Vaccination North-Western Provinces 1866-1877 - 1866-1877
Year: 1866
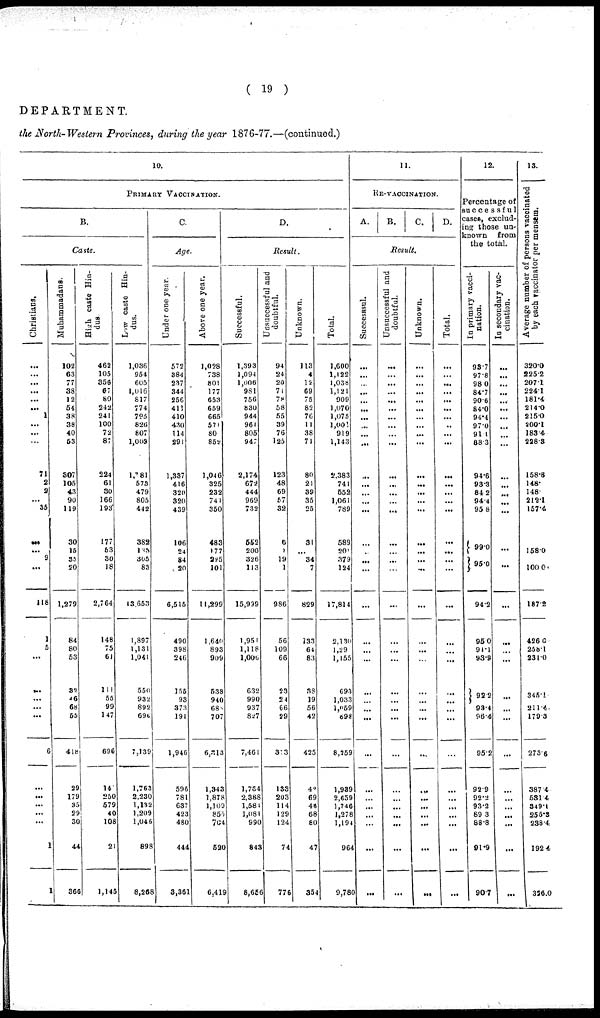
( 19 )
DEPARTMENT.
the North-Western Provinces, during the year 1876-77.—(continued.)
10.
PRIMARY VACCINATION.
B.
Caste.
Christians.
...
...
...
...
...
...
1
...
...
...
71
2
2
...
35
...
...
9
...
118
1
5
...
...
...
...
...
6
...
...
...
...
...
1
1
Muhammadans.
102
63
77
38
12
54
38
38
40
53
307
105
43
90
119
30
15
35
20
1,279
84
80
53
32
46
68
55
418
29
179
35
29
30
44
366
High caste Hin-
dus.
462
105
356
67
80
242
241
100
72
87
224
61
30
166
193
177
63
30
18
2,764
148
75
61
111
55
99
147
696
14
250
579
40
108
21
1,145
Low caste Hin-
dus.
1,036
954
605
1,016
817
774
795
826
807
1,003
l,781
573
479
805
442
382
188
305
83
13,653
1,897
1,131
1,041
550
932
892
696
7,139
1,763
2,230
1,132
1,209
1,046
898
8,268
C.
Age.
Under one year.
572
384
237
344
256
411
410
430
114
291
1,337
416
320
320
439
106
24
84
20
6,515
490
398
246
155
93
373
191
1,946
596
781
637
423
480
444
3,361
Above one year.
1,028
738
801
177
653
659
665
571
80
852
1,04 6
325
232
741
350
483
177
295
101
11,299
1,640
893
909
538
940
688
707
6,313
1,343
1,878
1,109
856
704
520
6,419
D.
Result.
Successful.
1,393
1,094
1,006
981
756
830
944
961
805
947
2,174
672
444
969
732
582
200
326
113
15,999
1,951
1,118
1,006
632
990
937
827
7,461
1,764
2,388
l,581
1,081
990
843
8,656
Unsuccessful and
doubtful.
94
24
20
71
78
58
55
39
76
125
123
48
69
57
32
6
1
19
1
986
56
109
66
23
24
66
29
313
133
203
114
129
124
74
776
Unknown.
113
4
12
69
75
82
76
11
38
71
80
21
39
35
25
31
...
34
7
829
733
64
83
38
19
56
42
425
42
69
48
68
80
47
354
Total.
1,600
1,122
1,038
1,121
909
1,070
1,075
1,001
919
1,143
2,383
741
552
1,061
789
589
201
379
124
17,814
2,130
1,29
1,155
693
1,033
1,059
898
8,259
1,939
2,659
1,746
1,278
1,194
964
9,780
11.
HE-VACCINATION.
A.
B.
C.
D.
Result.
Successsul.
...
...
...
...
...
...
...
...
...
...
...
...
...
...
...
...
...
...
...
...
...
...
...
...
...
...
...
...
...
...
...
...
...
...
...
Unsuccessful and
doubtful.
...
...
...
...
...
...
...
...
...
...
...
...
...
...
...
...
...
...
...
...
...
...
...
...
...
...
...
...
...
...
...
...
...
...
...
Unknown.
...
...
...
...
...
...
...
...
...
...
...
...
...
...
...
...
...
...
...
...
...
...
...
...
...
...
...
...
...
...
...
...
...
...
...
Total.
...
...
...
...
...
...
...
..
...
...
...
...
...
...
...
...
...
...
...
...
...
...
...
...
...
...
...
...
...
...
...
...
...
...
...
12.
Percentage of
successful
cases, exclud-
ing those un-
known from
the total.
In primary vacci-
nation.
93.7
97.8
98.0
84.7
90.6
84.0
94.4
97.0
91.1
88.3
94.6
93.3
84.2
94.4
95.8
99.0
95.0
94.2
95.0
91.1
93.8
92.2
93.4
96.4
95.2
92.9
92.2
93.2
89.3
88.8
91.9
90.7
In secondary vac-
cination.
...
...
...
...
...
...
...
...
...
...
...
...
...
...
...
...
...
...
...
...
...
...
...
...
...
...
...
...
...
...
...
13.
A verage number of persons vaccinated
by each vaccinator per mensem.
320.0
225.2
207.1
224.1
181.4
214.0
215.0
200.1
183.4
228.3
158.8
148.
148.
212.1
157.4
158.0
100.0
187.2
426.0
258.1
231.0
345.1
211.4
179.3
273.6
387. 4
531.4
349.1
255.3
238.4
192.4
326.0